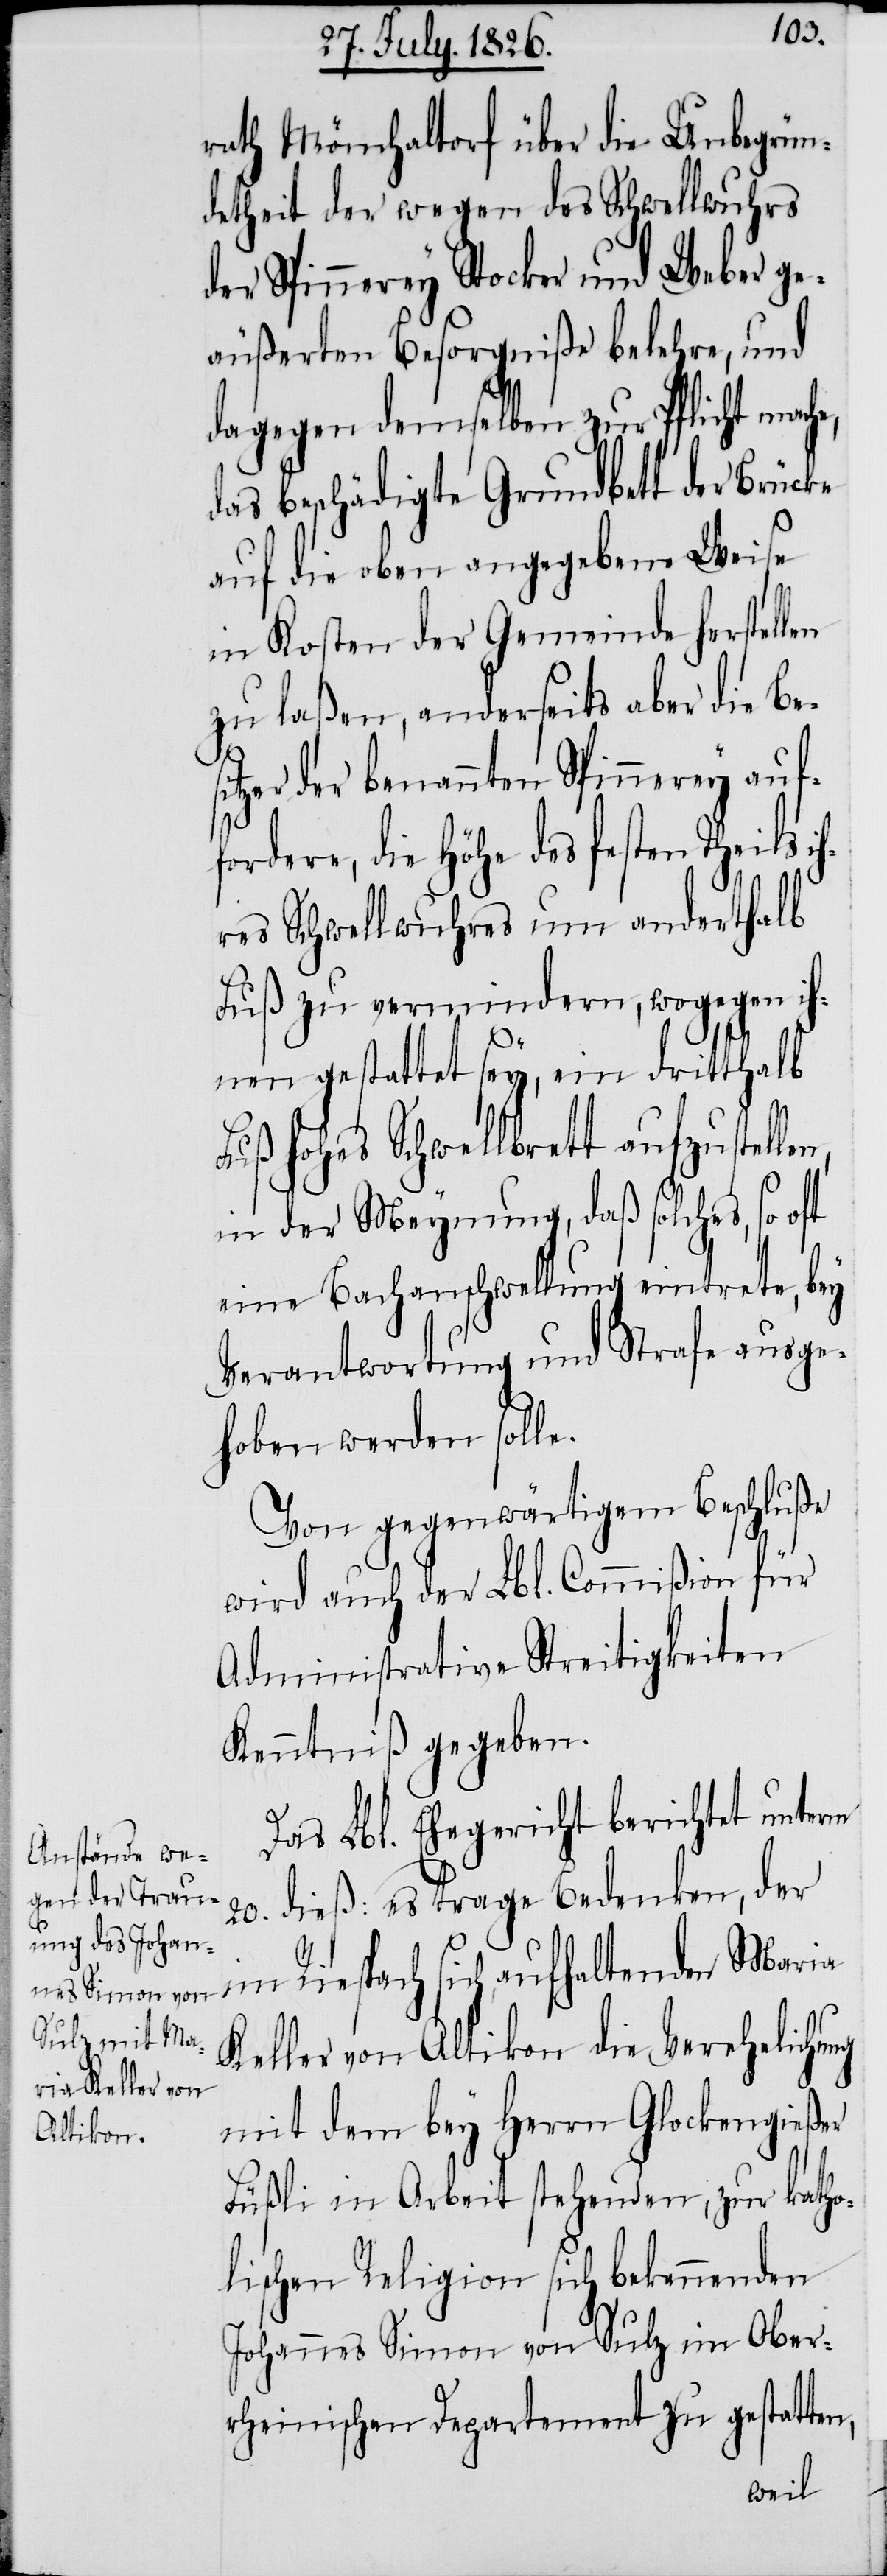
n,

rath Mönchaltorf über die Unbegrün¬
detheit der wegen des Schwellwuhrs
der Spinnerey Stocker und Weber ge¬
äußerten Besorgniße belehre, und
dagegen demselben zur Pflicht mach¬
das beschädigte Grundbett der Brücke
auf die oben angegebene Weise
in Kosten der Gemeinde herstellen
zu laßen, anderseits aber die Be¬
tzer der benannten Spinnerey auf¬
fordere, die Höhe des festen Theils i¬
hres Schwellwuhres um anderthalb
Fuß zu vermindern, wogegen ih¬
nen gestattet sey, ein dritthalb
Fuß hohes Schwellbrett aufzustelle¬
in der Meynung, daß solches, so
eine Bachanschwellung eintrete, bey
Verantwortung und Strafe ausge¬
hoben werden solle.
Von gegenwärtigem Beschluße
wird auch der Lbl. Commißion für
Administrative Streitigkeiten
Kenntniß gegeben.
Das Lbl. Ehegericht berichtet unterm
20. dieß: es trage Bedenken, der
im Riespach sich aufhaltenden Maria
Keller von Altikon die Verehelichung
mit dem bey Herrn Glockengießer
Füßli in Arbeit stehenden, zur katho¬
lischen Religion sich bekennenden
Johannes Simon von Sulz im Ober¬
rheinischen Departement zu gestatten,